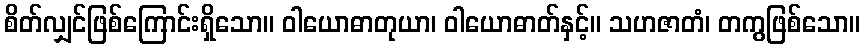
စိတ်လျှင်ဖြစ်ကြောင်းရှိသော။ ဝါယောဓာတုယာ၊ ဝါယောဓာတ်နှင့်။ သဟဇာတံ၊ တကွဖြစ်သော။